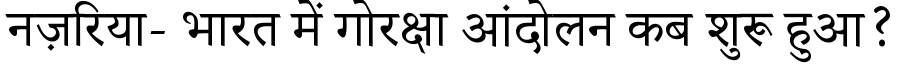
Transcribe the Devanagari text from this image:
नज़रिया- भारत में गोरक्षा आंदोलन कब शुरू हुआ?